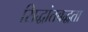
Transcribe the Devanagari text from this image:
सिद्धांतबद्धता